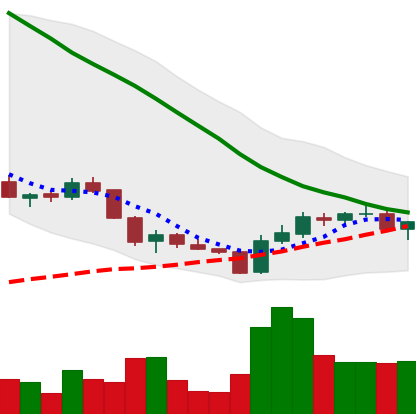
Ticker: ADA-USD
Chart end date: 2018-06-05
Forward return: -19.776%
Label: down_7plus